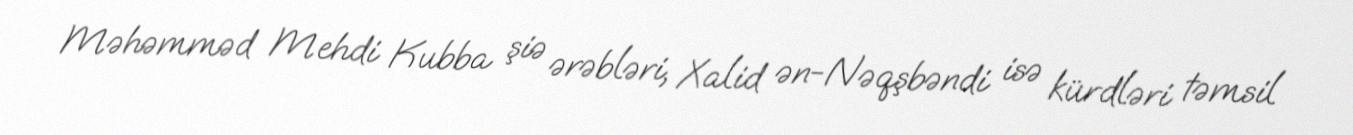
Məhəmməd Mehdi Kubba şiə ərəbləri, Xalid ən-Nəqşbəndi isə kürdləri təmsil